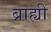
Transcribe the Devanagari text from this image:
ब्राह्यी